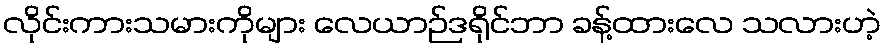
လိုင်းကားသမားကိုများ လေယာဉ်ဒရိုင်ဘာ ခန့်ထားလေ သလားဟဲ့